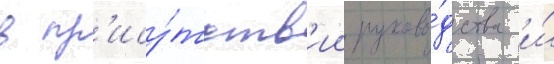
в пр'ису́тств'ии руково́дства и́